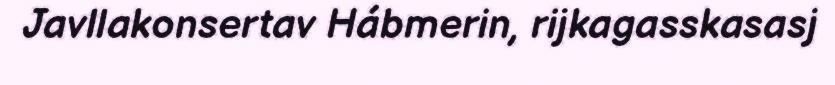
Javllakonsertav Hábmerin, rijkagasskasasj